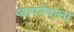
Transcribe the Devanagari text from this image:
व्यापनेवाला